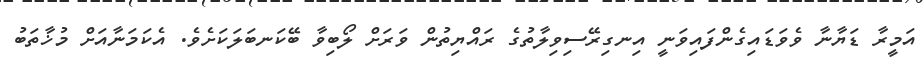
އަމީރާ ޑަޔާނާ ވެވަޑައިގެންފައިވަނީ އިނގިރޭސިވިލާތުގެ ރައްޔިތުން ވަރަށް ލޯބިވާ ބޭކަނބަލަކަށެވެ. އެކަމަނާއަށް މުޚާތަބު